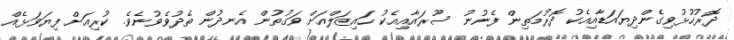
ދޮރުހުޅުވިގެންދިޔައަޑާއިއެކު ދޮރުމަތިން ފެނުނު ސޫރައާއިއެކު ހައިޒަލްއަށް ވަގުތުން އެނދުން ތެދުވެވުނެވެ. ކުރިއަށް ފިޔަވަޅެއް